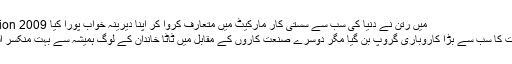
Image caption 2009 میں رتن نے دنیا کی سب سے سستی کار مارکیٹ میں متعارف کروا کر اپنا دیرینہ خواب پورا کیا
اگرچہ ٹاٹا بھارت کا سب سے بڑا کاروباری گروپ بن گیا مگر دوسرے صنعت کاروں کے مقابل میں ٹاٹا خاندان کے لوگ ہمیشہ سے بہت منکسر المزاج رہے ہیں۔